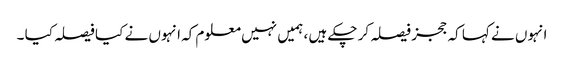
انہوں نے کہا کہ ججز فیصلہ کر چکے ہیں ، ہمیں نہیں معلوم کہ انہوں نے کیا فیصلہ کیا ۔